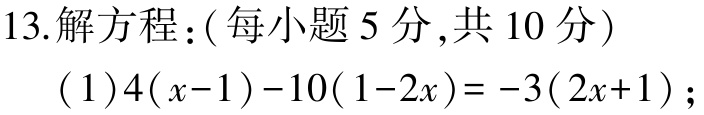
13.解方程：（每小题5分,共10分）

(1)\(4(x - 1)-10(1 - 2x)= - 3(2x + 1)\);